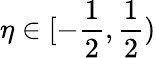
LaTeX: \eta\in[-\frac{1}{2},\frac{1}{2})